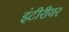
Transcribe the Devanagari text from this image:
इंटीरीयर